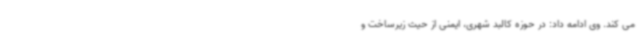
می کند. وی ادامه داد: در حوزه کالبد شهری، ایمنی از حیث زیرساخت و